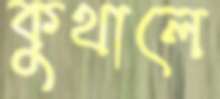
কুথালে